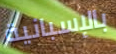
بالإسبانية